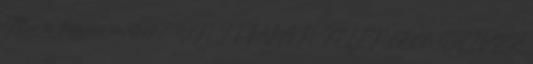
Min és hogyan nevetünk? ÖN ITT VAN JELENLEG: HÍREK